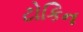
ટોકિન